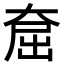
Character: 𪥕